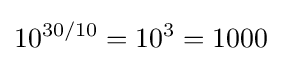
10^{30/10}=10^{3}=1000